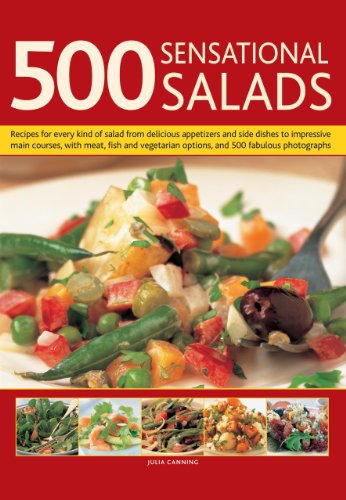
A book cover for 500 Sensational Salads: Recipes for every kind of salad from delicious appetizers and side dishes to impressive main courses, with meat, fish and vegetarian options, and 500 fabulous photographs; Julia Canning; Cookbooks, Food & Wine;